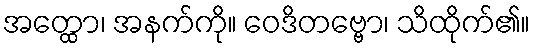
အတ္ထော၊ အနက်ကို။ ဝေဒိတဗ္ဗော၊ သိထိုက်၏။